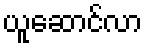
ယူဆောင်လာ